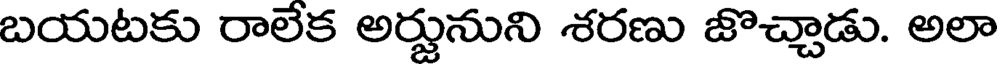
బయటకు రాలేక అర్జునుని శరణు జొచ్చాడు. అలా